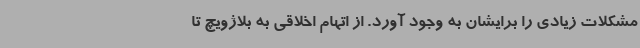
مشکلات زیادی را برایشان به وجود آورد. از اتهام اخلاقی به بلاژویچ تا